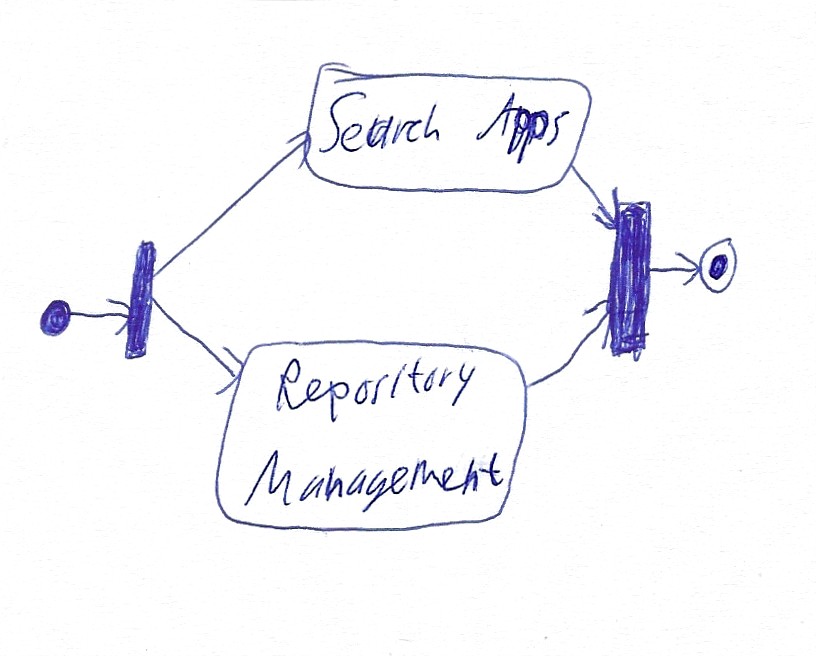
Diagram type: activity_diagram
```plantuml
@startuml

start

fork
  :Search Apps;
fork again
  :Repository Management;
end fork

stop

@enduml
```